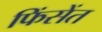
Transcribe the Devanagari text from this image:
फिंसेंत